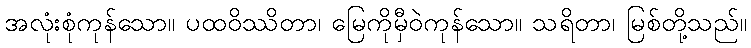
အလုံးစုံကုန်သော။ ပထဝိဿိတာ၊ မြေကိုမှီဝဲကုန်သော။ သရိတာ၊ မြစ်တို့သည်။